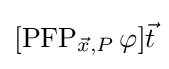
[\operatorname {PFP} _{{\vec {x}},P}\varphi ]{\vec {t}}